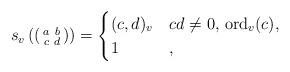
LaTeX: \begin{align*} s_v\left(\left(\begin{smallmatrix} a & b \\ c & d\end{smallmatrix}\right)\right) = \begin{cases} (c,d)_v & cd \neq 0, \, \mathrm{ord}_v(c) , \\ 1 & , \end{cases}\end{align*}